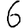
Digit: 6